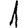
Digit: 1